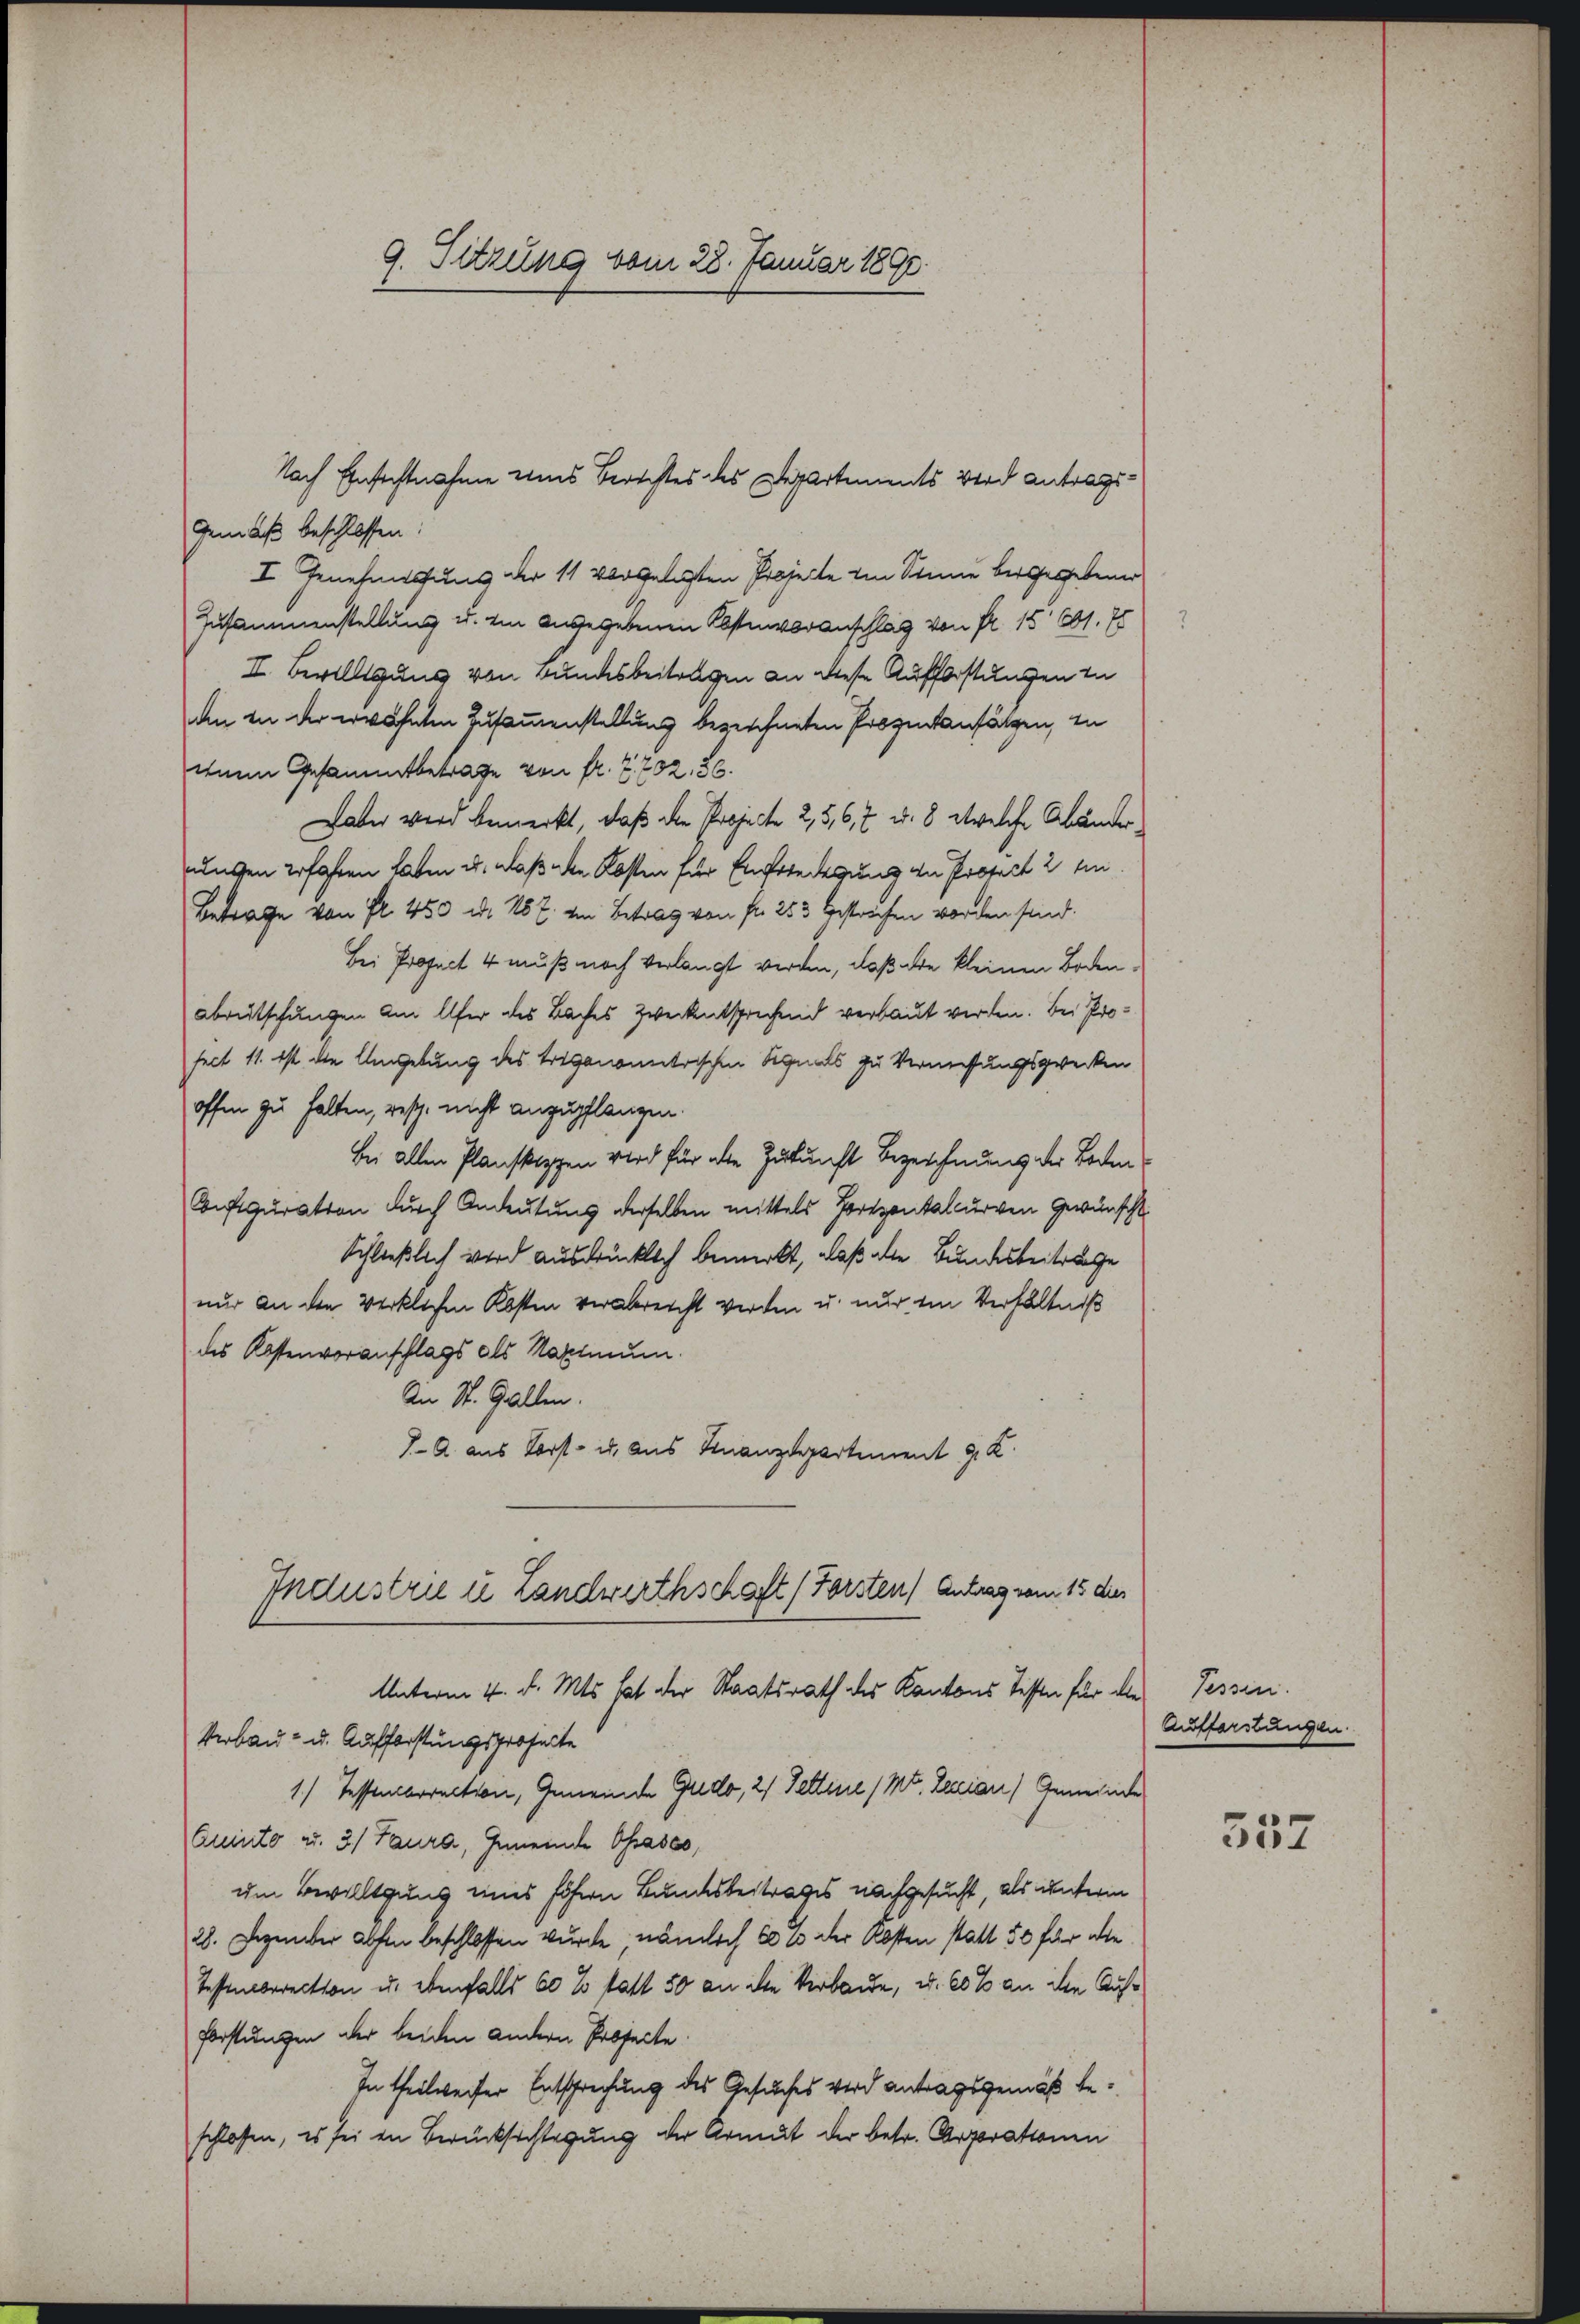
9. Sitzung vom 28. Januar 1890.

Gemäß beschlossen:
I Genehmertung der 11 vorgelegten Projecte in Sinne beigegebener
Zusammenstellung u. ein angegebenen Kostenvoranschlag von Fr. 15. 201. 75
II. Bewilligung von Bundesbeitragen an diese Aufforstungen in
aen in der erwähnten Zusammenstellung bezeichneten Prozentansätzen, in
enem Gesammtbetrage von fr. Z. 202. 26.
Laber wird bemerkt, daß die Projecte 2, 5, 6, 7 u. 8 etwelche Abänderungen Erfahren haben u. daß aber Kosten für Engeredigung zu Prorect 2 Ein
Betrage von fl. 450 u. 167. in Betrag von fr. 253 bestrichen worden sind.
Bei Project 4 muß noch verlangt werden, daß die kleinen Bodenabrutschungen am Ufer des Baches Zweckentsprechend verbaut werden. Bei Proseit 11. ist die Umgebung des triganometrischen Signals zu Vermessungszwecken
offen zu halten, resp. nicht anzupflanzen.
Bei allen Planskippen wird für die Zukunft Bezeichnung der Beden¬
Configuration durch Andeutung derselben mittels Horizontalcurven gewünscht.
Schließlich wird ausdrücklich bemerkt, daß die Bundesbeitrage
nur an den verklichen Kosten verabreicht werden u. nur ein Verhältniß
des Kostenvoranschlags als Maximum.
An St. Gallen.
J. A. aus Vorst- u. aus Finanzdepartement J. K.
Industrie in Landwirthschaft (Forsten) Antrag vom 15 dies
Unterm 4. d. Mts. hat der Staatsrath des Kantons Testen für die Tessin.
Verbau- u. Aufforstungsprosecte
1) Tessensberection, Gemeinde Gredo, 21 Settene / Mt. Lenian) Gemeinde
Quinto u. 3/ Faura, Gemeinde Ohrases,
um Bewilligung eines höhern Bundesbeitrages nachgesucht, als unterm
28. Dezember abhin beschlossen wurde, nämlich 20 10 der Kosten statt 50 für die
Tessierrection u. ebenfalls 60 % statt 50 an die Verbande, u. 60% an ihm Auf¬
Forstungen aber beiden andern Prosecte:
In theilweiser Entsprechung des Gesuches wird antragsgemäß beschlossen, es sei in Berücksichtigung der Armut der betr. Arporationen

Nach Einsichtnahme eines Berichtes des Departements wird antrags¬

Aufforstungen.

357